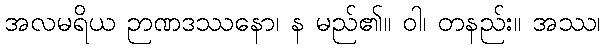
အလမရိယ ဉာဏဒဿနော၊ န မည်၏။ ဝါ၊ တနည်း။ အဿ၊